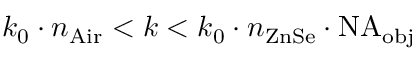
k _ { 0 } \cdot n _ { \mathrm { A i r } } < k < k _ { 0 } \cdot n _ { \mathrm { Z n S e } } \cdot \mathrm { N A } _ { \mathrm { o b j } }